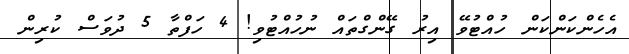
އެހެންކަންކަން ހުއްޓުވޭ އިރު ގޭންގްތައް ނުހުއްޓުވި! 4 ހަފްތާ 5 ދުވަސް ކުރިން